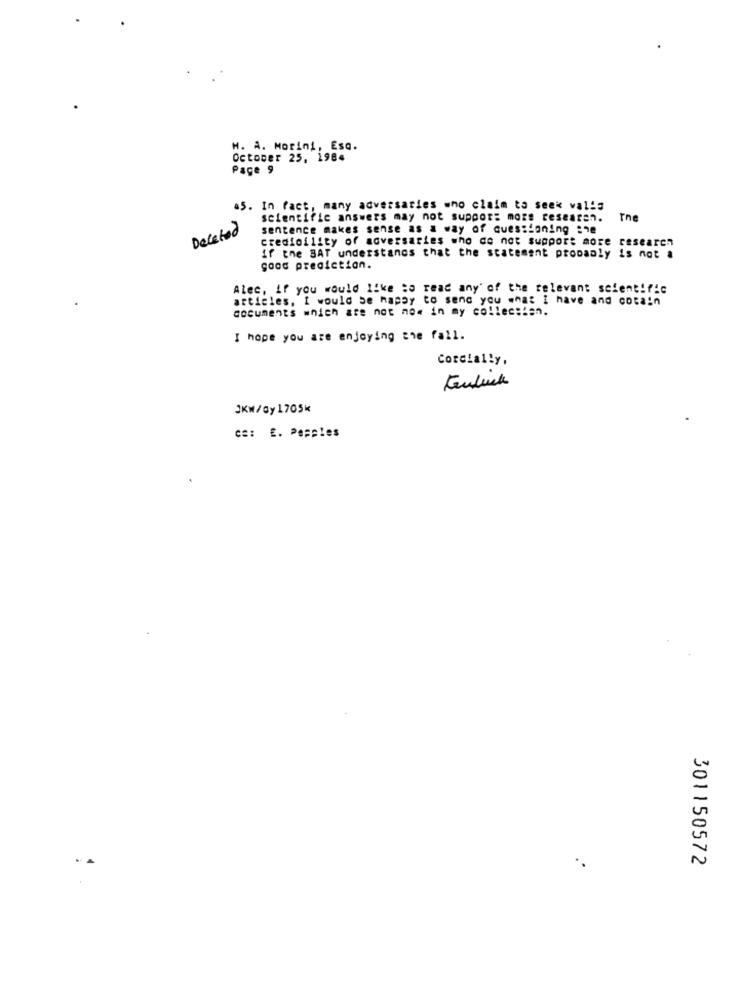
H. A. Morini, Esa.
October 25. 1984
Page 9
a5. In fact, many adversaries who claim to seek val ::
scientific answers may not support mots researen.
rne
Deleted
sentence makes sense as a way of questioning :18
credibility of adversaries who do not support more research
If the BAT understands that the statement propaaly is not a
good prediction.
Alec, if you would like to read any' of the relevant scientific
articles, I would be happy to send you what I have and cotain
documents which are not now in my collection.
I hope you are enjoying the fall.
Cordially,
JKM/Gy1705K
CE: E. Pepples
301150572